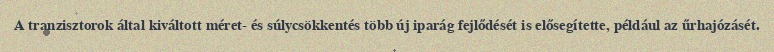
A tranzisztorok által kiváltott méret- és súlycsökkentés több új iparág fejlődését is elősegítette, például az űrhajózásét.